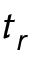
t _ { r }